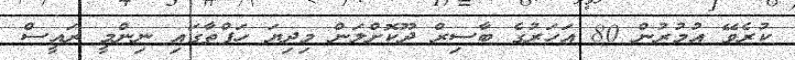
ކުރެވޭ އުމުރުން 80 އަހަރުގެ ބާސިރް ދޫކޮށްލަން މިދިޔަ ހަފްތާގައި ނިންމީ ރައީސް